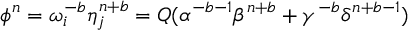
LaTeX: \phi ^ { n } = \omega _ { i } ^ { - b } \eta _ { j } ^ { n + b } = Q ( \alpha ^ { - b - 1 } \beta ^ { n + b } + \gamma ^ { - b } \delta ^ { n + b - 1 } )